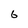
Character: 6